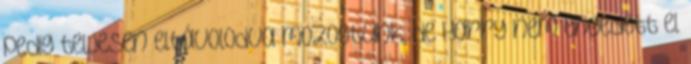
pedig teljesen eltávolodva mozogtunk, de Harry nem engedett el